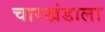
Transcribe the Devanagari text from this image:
चारखंडाला